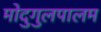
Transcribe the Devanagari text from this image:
मोदुगुलपालम